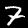
Digit: 7